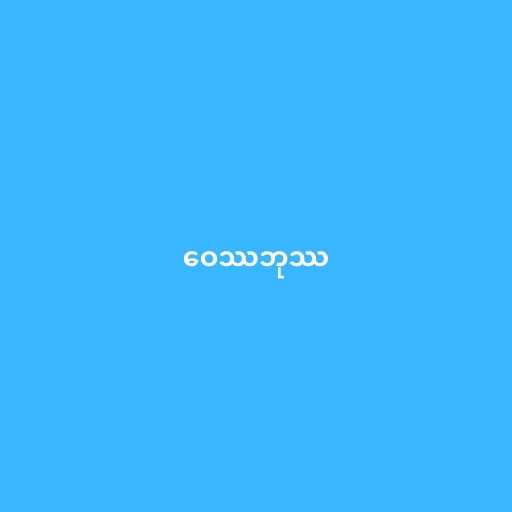
ဝေဿဘုဿ